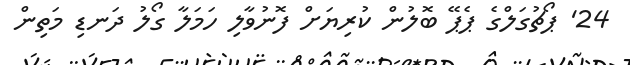
24' ޕޯޗުގަލްގެ ޕެޕޭ ބޮލުން ކުރިޔަށް ފޮނުވާލި ހަމަލާ ގޯލު ދަނޑި މަތިން